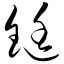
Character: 铤